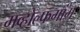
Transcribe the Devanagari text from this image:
मव्होल्फगांग